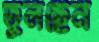
তুলছেন